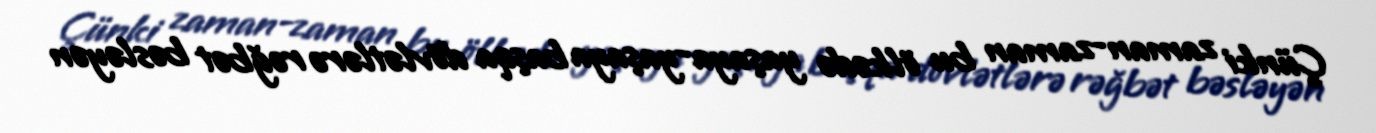
Çünki zaman-zaman bu ölkədə yaşaya-yaşaya başqa dövlətlərə rəğbət bəsləyən